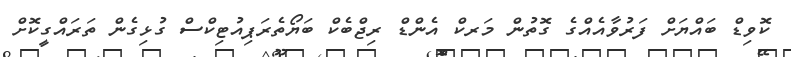
ކޮވިޑް ބައްޔަށް ފަރުވާއެއްގެ ގޮތުން މަރކް އެންޑް ރިޖްބެކް ބަޔޯތެރަޕިއުޓިކްސް ގުޅިގެން ތަރައްގީކޮށް